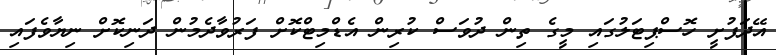
އޭދަފުށީ ހޮސްޕިޓަލުގައި މީގެ ތިން ދުވަސް ކުރިން އެޑްމިޓްކޮށް ފަރުވާދެމުން ދަނިކޮށް ނިޔާވެފައި